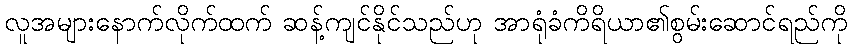
လူအများနောက်လိုက်ထက် ဆန့်ကျင်နိုင်သည်ဟု အာရုံခံကိရိယာ၏စွမ်းဆောင်ရည်ကို